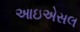
આઇએસલ